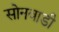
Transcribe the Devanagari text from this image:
सोनवाडी